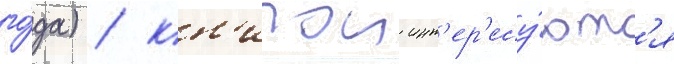
го́да) / кн'игои инт'ер'есу́ютс'я